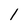
Character: 1